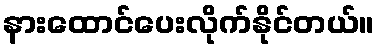
နားထောင်ပေးလိုက်နိုင်တယ်။